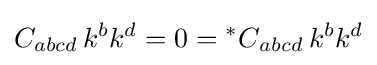
C_{abcd}\,k^{b}k^{d}=0={^{*}C}_{abcd}\,k^{b}k^{d}